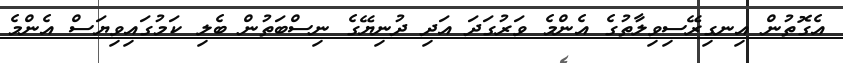
އެގޮތުން އިނގިރޭސިވިލާތުގެ އެންމެ ވަރުގަދަ އަދި ދުނިޔޭގެ ނިސްބަތުން ބެލި ކަމުގައިވިޔަސް އެންމެ